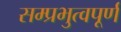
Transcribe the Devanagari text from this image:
सम्प्रभुत्वपूर्ण